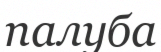
палуба